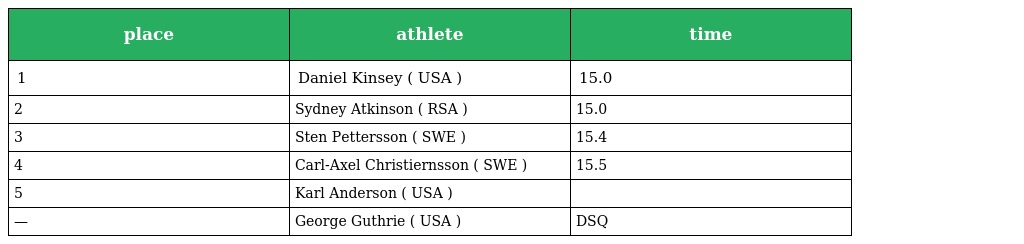
| place | athlete | time |
 | --- | --- | --- |
 | 1 | Daniel Kinsey ( USA ) | 15.0 |
 | 2 | Sydney Atkinson ( RSA ) | 15.0 |
 | 3 | Sten Pettersson ( SWE ) | 15.4 |
 | 4 | Carl-Axel Christiernsson ( SWE ) | 15.5 |
 | 5 | Karl Anderson ( USA ) |  |
 | — | George Guthrie ( USA ) | DSQ |